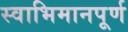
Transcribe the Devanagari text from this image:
स्वाभिमानपूर्ण